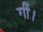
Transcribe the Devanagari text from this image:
गीं।